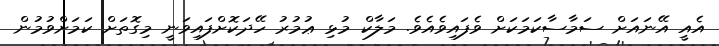
އެއީ އޭނައަށް ސަމާސާކަމަކަށް ވެފައިވެއެވެ. މަލާކް މުޅި ޢުމުރު ހޭދަކޮށްފައިވަނީ މިގޮތަށް ކަމަށްވުމުން